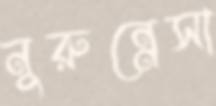
নুরুন্নেসা